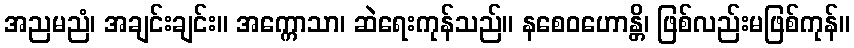
အညမညံ၊ အချင်းချင်း။ အက္ကောသာ၊ ဆဲရေးကုန်သည်။ နစေဝဟောန္တိ၊ ဖြစ်လည်းမဖြစ်ကုန်။